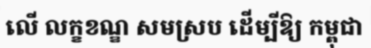
លើ លក្ខខណ្ឌ សមស្រប ដើម្បីឱ្យ កម្ពុជា